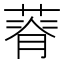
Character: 𦵾